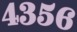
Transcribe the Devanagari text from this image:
४३५६